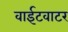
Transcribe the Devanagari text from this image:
वाईटवाटर